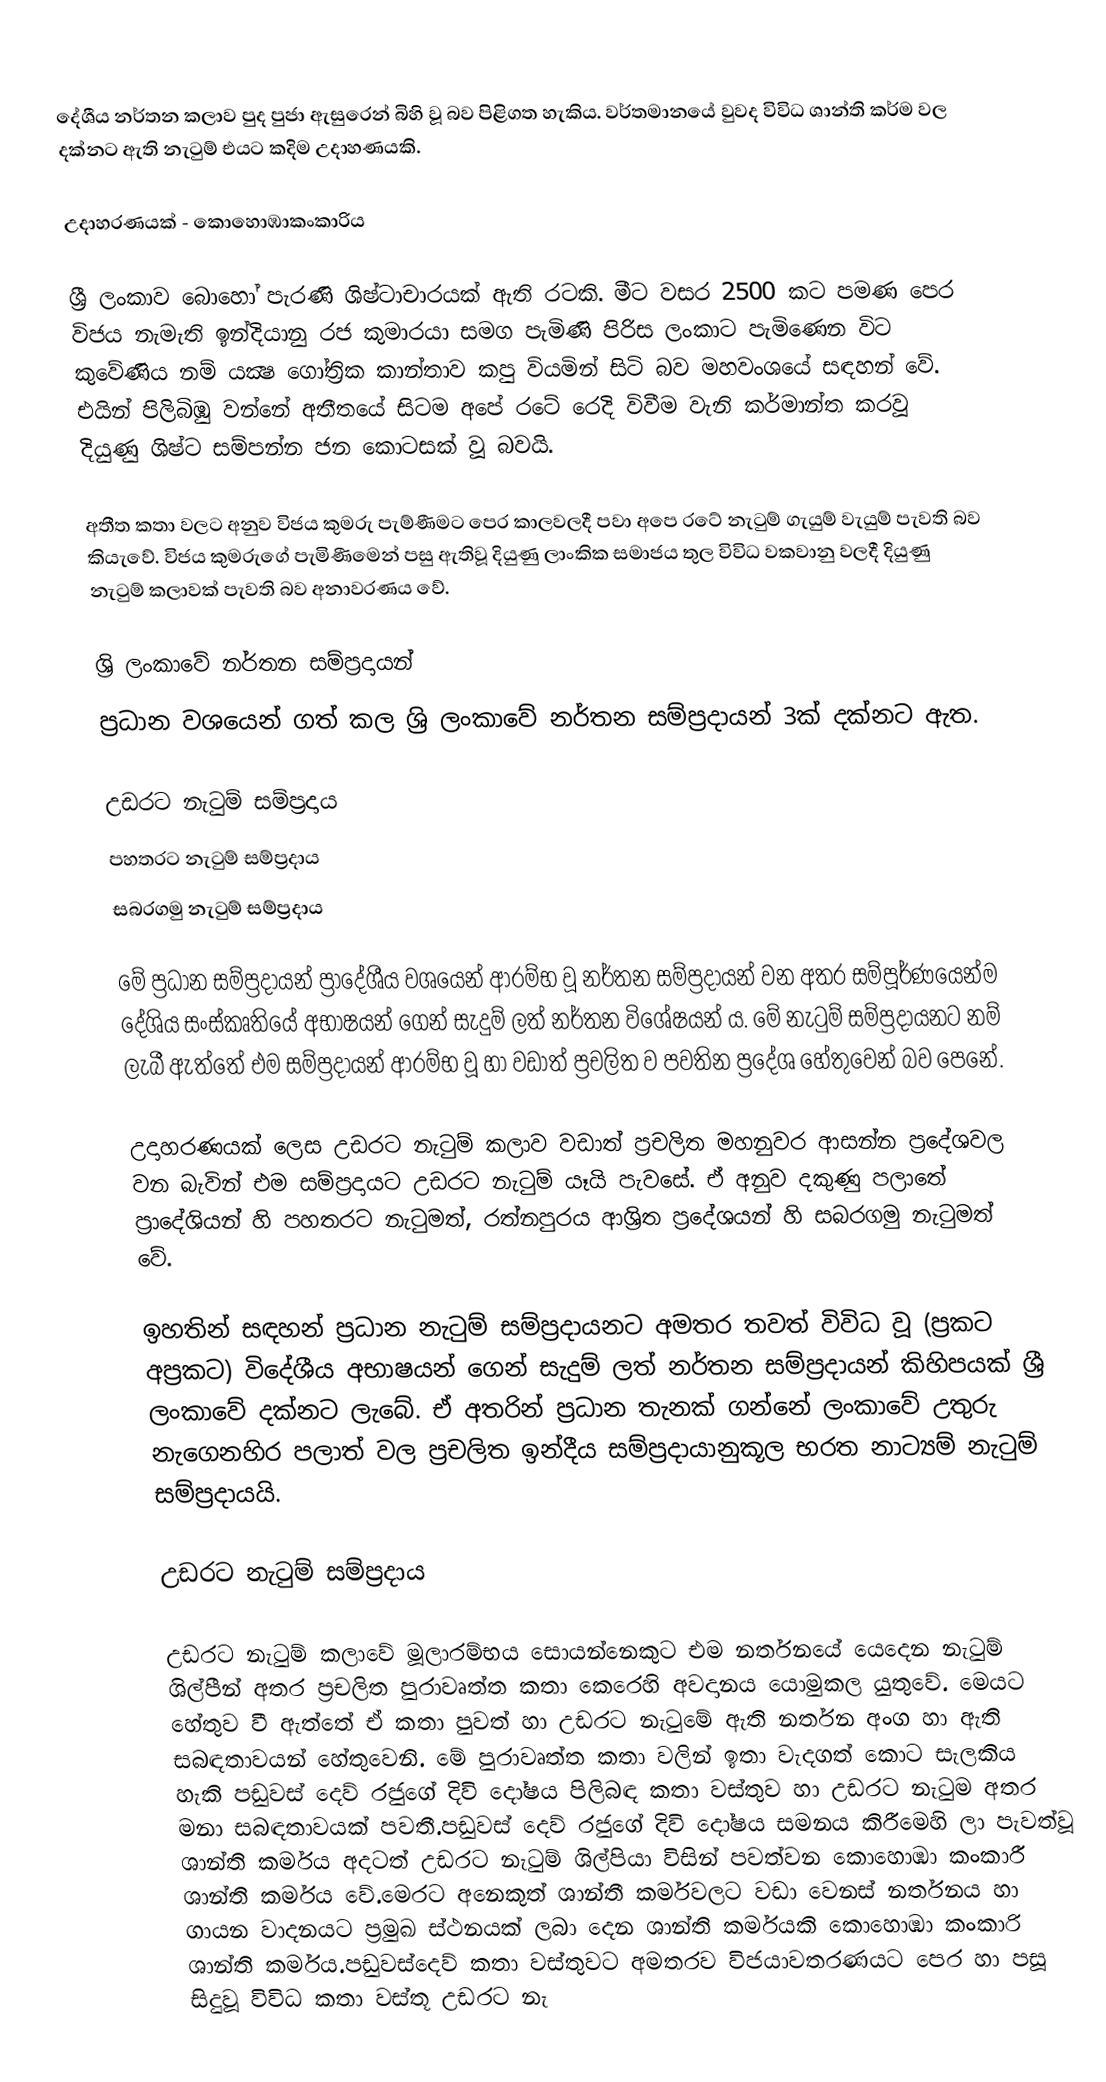
දේශීය නර්තන කලාව පුද පුජා ඇසුරෙන් බිහි වූ බව පිළිගත හැකිය. වර්තමානයේ වුවද විවිධ ශාන්ති කර්ම වල දක්‌නට ඇති නැටුම් එයට කදිම උදාහණයකි.

උදාහරණයක් - කොහොඹාකංකාරිය

ශ්‍රී ලංකාව බොහෝ පැරණි ශිෂ්ටාචාරයක්‌ ඇති රටකි. මීට වසර 2500 කට පමණ පෙර විජය නැමැති ඉන්දියානු රජ කුමාරයා සමග පැමිණි පිරිස ලංකාට පැමිණෙන විට කුවේණිය නම් යක්‍ෂ ගෝත්‍රික කාන්තාව කපු වියමින් සිටි බව මහවංශයේ සඳහන් වේ. එයින් පිලිබිඹු වන්නේ අතීතයේ සිටම අපේ රටේ රෙදි විවීම වැනි කර්මාන්ත කරවූ දියුණු ශිෂ්ට සම්පන්න ජන කොටසක්‌ වූ බවයි.

අතීත කතා වලට අනුව විජය කුමරු පැම්ණීමට පෙර කාලවලදී පවා අපෙ රටේ නැටුම් ගැයුම් වැයුම් පැවති බව කියැවේ. විජය කුමරුගේ පැමිණීමෙන් පසු ඇතිවූ දියුණු ලාංකික සමාජය තුල විවිධ වකවානු වලදී දියුණු නැටුම් කලාවක්‌ පැවති බව අනාවරණය වේ.

ශ්‍රි ලංකාවේ නර්තන සම්ප්‍රදායන්
ප්‍රධාන වශයෙන් ගත් කල ශ්‍රි ලංකාවේ නර්තන සම්ප්‍රදායන් 3ක්‌ දක්‌නට ඇත.

 උඩරට නැටුම් සම්ප්‍රදාය
 පහතරට නැටුම් සම්ප්‍රදාය
 සබරගමු නැටුම් සම්ප්‍රදාය

මේ ප්‍රධාන සම්ප්‍රදායන් ප්‍රාදේශීය වශයෙන් ආරම්භ වූ නර්තන සම්ප්‍රදායන් වන අතර සම්පූර්ණයෙන්ම දේශිය සංස්‌කෘතියේ අභාෂයන් ගෙන් සැදුම් ලත් නර්තන විශේෂයන් ය. මේ නැටුම් සම්ප්‍රදායනට නම් ලැබී ඇත්තේ එම සම්ප්‍රදායන් ආරම්භ වූ හා වඩාත් ප්‍රචලිත ව පවතින ප්‍රදේශ හේතුවෙන් බව පෙනේ.

උදාහරණයක්‌ ලෙස උඩරට නැටුම් කලාව වඩාත් ප්‍රචලිත මහනුවර ආසන්න ප්‍රදේශවල වන බැවින් එම සම්ප්‍රදායට උඩරට නැටුම් යෑයි පැවසේ. ඒ අනුව දකුණු පලාතේ ප්‍රාදේශියන් හි පහතරට නැටුමත්, රත්නපුරය ආශ්‍රිත ප්‍රදේශයන් හි සබරගමු නැටුමත් වේ.

ඉහතින් සඳහන් ප්‍රධාන නැටුම් සම්ප්‍රදායනට අමතර තවත් විවිධ වූ (ප්‍රකට අප්‍රකට) විදේශීය අභාෂයන් ගෙන් සැදුම් ලත් නර්තන සම්ප්‍රදායන් කිහිපයක්‌ ශ්‍රී ලංකාවේ දක්‌නට ලැබේ. ඒ අතරින් ප්‍රධාන තැනක්‌ ගන්නේ ලංකාවේ උතුරු නැගෙනහිර පලාත් වල ප්‍රචලිත ඉන්දීය සම්ප්‍රදායානුකූල භරත නාට්‍යම් නැටුම් සම්ප්‍රදායයි.

උඩරට නැටුම් සම්ප්‍රදාය

උඩරට නැටුම් කලාවේ මූලාරම්භය සොයන්නෙකුට එම නර්තනයේ යෙදෙන නැටුම් ශිල්පීන් අතර ප්‍රචලිත පුරාවෘත්ත කතා කෙරෙහි අවදානය යොමුකල යුතුවේ. මෙයට හේතුව වී ඇත්තේ ඒ කතා පුවත් හා උඩරට නැටුමේ ඇති නර්තන අංග හා ඇති සබඳතාවයන් හේතුවෙනි. මේ පුරාවෘත්ත කතා වලින් ඉතා වැදගත් කොට සැලකිය හැකි පඩුවස්‌ දෙව් රජුගේ දිවි දෝෂය පිලිබඳ කතා වස්‌තුව හා උඩරට නැටුම අතර මනා සබඳතාවයක්‌ පවතී.පඩුවස්‌ දෙව් රජුගේ දිවි දෝෂය සමනය කිරීමෙහි ලා පැවත්වූ ශාන්ති කර්මය අදටත් උඩරට නැටුම් ශිල්පියා විසින් පවත්වන කොහොඹා කංකාරී ශාන්ති කර්මය වේ.මෙරට අනෙකුත් ශාන්තී කර්මවලට වඩා වෙනස්‌ නර්තනය හා ගායන වාදනයට ප්‍රමුඛ ස්‌ථනයක්‌ ලබා දෙන ශාන්ති කර්මයකි කොහොඹා කංකාරි ශාන්ති කර්මය.පඩුවස්‌දෙව් කතා වස්‌තුවට අමතරව විජයාවතරණයට පෙර හා පසූ සිදුවූ විවිධ කතා වස්‌තූ උඩරට නැ